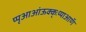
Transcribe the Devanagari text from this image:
प्पृआआंऊक्क्ःय्याआणॅ